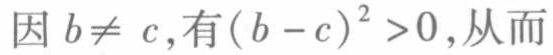
因 \(b\neq c\)，有\((b - c)^{2}>0\)，从而